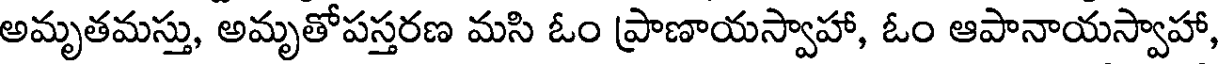
అమృతమస్తు, అమృతోపస్తరణ మసి ఓం ప్రాణాయస్వాహా, ఓం ఆపానాయస్వాహా,